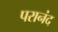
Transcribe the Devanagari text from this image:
परानंद